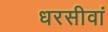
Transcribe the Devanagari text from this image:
धरसीवां